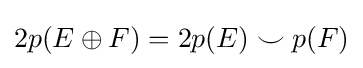
2p(E\oplus F)=2p(E)\smile p(F)